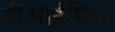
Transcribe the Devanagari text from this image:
वीआईपियों